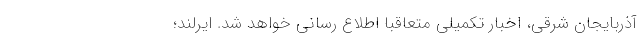
آذربایجان شرقی، اخبار تکمیلی متعاقبا اطلاع رسانی خواهد شد. ایرلند؛